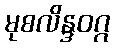
မုစလိန္ဒဝဂ္ဂ